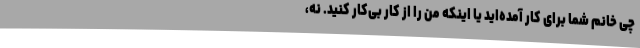
چی خانم شما برای کار آمده‌اید یا اینکه من را از کار بی‌کار کنید. نه،